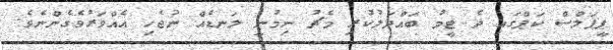
ޕީޕަލްސް ކަޕްގައި ދެ ޓީމު ބައްދަލުކުރި މެޗު ނިމުނީ ލަނޑެއް ނުޖެހި އެއްވަރުވެގެންނެވެ.